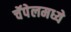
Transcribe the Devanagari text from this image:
चॅपेलमध्ये